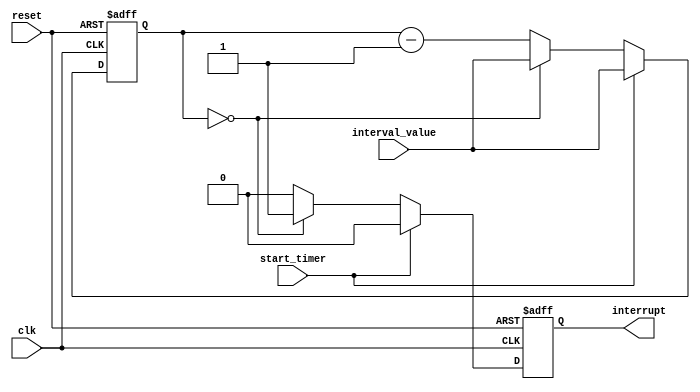
module Interval_Timer (
    input wire clk,
    input wire reset,
    input wire start_timer,
    input wire [31:0] interval_value,
    output reg interrupt
);

reg [31:0] counter;

always @(posedge clk or posedge reset) begin
    if (reset) begin
        counter <= 0;
        interrupt <= 0;
    end else if (start_timer) begin
        counter <= interval_value;
        interrupt <= 0;
    end else begin
        if (counter == 0) begin
            counter <= interval_value;
            interrupt <= 1;
        end else begin
            counter <= counter - 1;
            interrupt <= 0;
        end
    end
end

endmodule